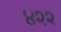
૪૨૨